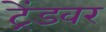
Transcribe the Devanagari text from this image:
ट्रेंडवर